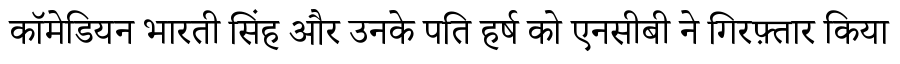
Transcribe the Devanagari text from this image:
कॉमेडियन भारती सिंह और उनके पति हर्ष को एनसीबी ने गिरफ़्तार किया